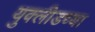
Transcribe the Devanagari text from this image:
युक्लीडच्या